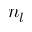
n _ { l }